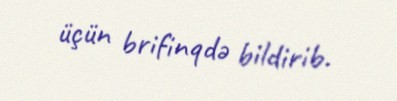
üçün brifinqdə bildirib.